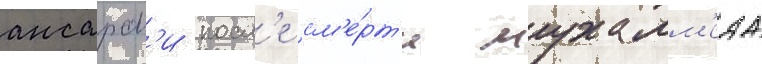
ансарам'и посл'е см'е́рт'и мухамм'еда